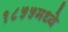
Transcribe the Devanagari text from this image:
१८५५मध्ये